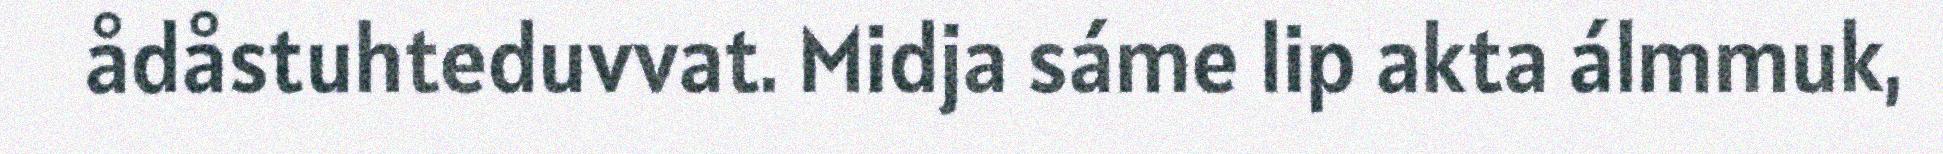
ådåstuhteduvvat. Midja sáme lip akta álmmuk,